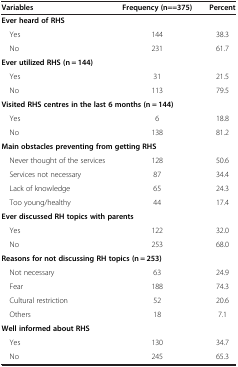
<table><thead><tr><td><b>Variables</b></td><td><b>Frequency (n==375)</b></td><td><b>Percent</b></td></tr></thead><tbody><tr><td><b>Ever heard of RHS</b></td><td> </td><td> </td></tr><tr><td> Yes</td><td>144</td><td>38.3</td></tr><tr><td> No</td><td>231</td><td>61.7</td></tr><tr><td colspan="3"><b>Ever utilized RHS (n = 144)</b></td></tr><tr><td> Yes</td><td>31</td><td>21.5</td></tr><tr><td> No</td><td>113</td><td>79.5</td></tr><tr><td colspan="3"><b>Visited RHS centres in the last 6 months (n = 144)</b></td></tr><tr><td> Yes</td><td>6</td><td>18.8</td></tr><tr><td> No</td><td>138</td><td>81.2</td></tr><tr><td colspan="3"><b>Main obstacles preventing from getting RHS</b></td></tr><tr><td> Never thought of the services</td><td>128</td><td>50.6</td></tr><tr><td> Services not necessary</td><td>87</td><td>34.4</td></tr><tr><td> Lack of knowledge</td><td>65</td><td>24.3</td></tr><tr><td> Too young/healthy</td><td>44</td><td>17.4</td></tr><tr><td colspan="3"><b>Ever discussed RH topics with parents</b></td></tr><tr><td> Yes</td><td>122</td><td>32.0</td></tr><tr><td> No</td><td>253</td><td>68.0</td></tr><tr><td colspan="3"><b>Reasons for not discussing RH topics (n = 253)</b></td></tr><tr><td> Not necessary</td><td>63</td><td>24.9</td></tr><tr><td> Fear</td><td>188</td><td>74.3</td></tr><tr><td> Cultural restriction</td><td>52</td><td>20.6</td></tr><tr><td> Others</td><td>18</td><td>7.1</td></tr><tr><td colspan="3"><b>Well informed about RHS</b></td></tr><tr><td> Yes</td><td>130</td><td>34.7</td></tr><tr><td> No</td><td>245</td><td>65.3</td></tr></tbody></table>